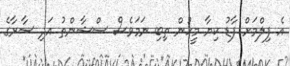
އެ ފިލްމަށް ފާޑު ކިޔާ މީހުން ތިބި ނަމަވެސް ސްޝާންތު އަދި ސާރާގެ